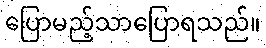
ပြောမည့်သာပြောရသည်။